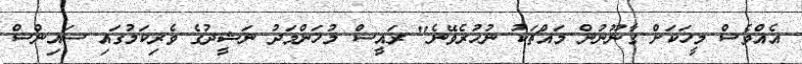
އެއްވެސް މީހަކަށް ގާނޫނުން މައްޗަކު ނުހުރެވޭނެ" ރައީސް މުހަންމަދު ނަޝީދުގެ ވެރިކަމުގައި ސައިންސް